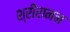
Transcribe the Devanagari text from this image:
श्रीरामन